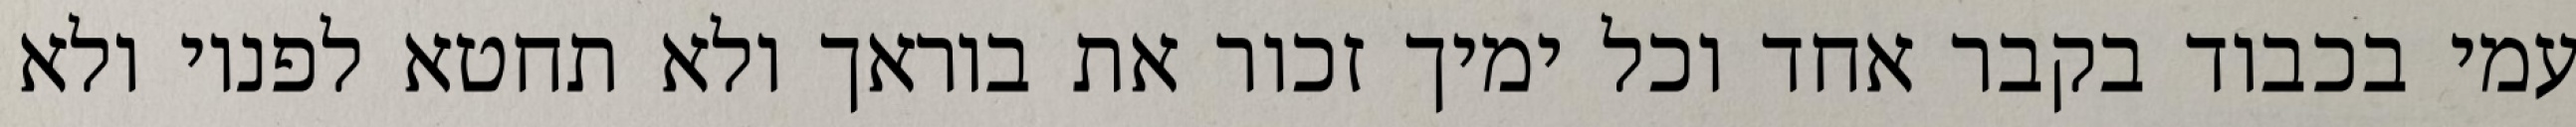
עמי בכבוד בקבר אחד וכל ימיך זכור את בוראך ולא תחטא לפניו ולא